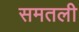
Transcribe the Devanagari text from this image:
समतली